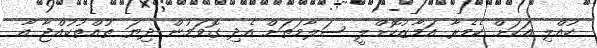
ކުއްލި އަކަށް ކެމެރާ އަމާޒުކޮށްލީ ސަލާމަތަށް އެދި ގޮވަމުން ދިޔަ ތުއްތުކުއްޖާ އާ